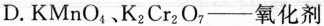
D.KMnO_{4}，、K_{2}Cr_{2}O_{7}——氧化剂